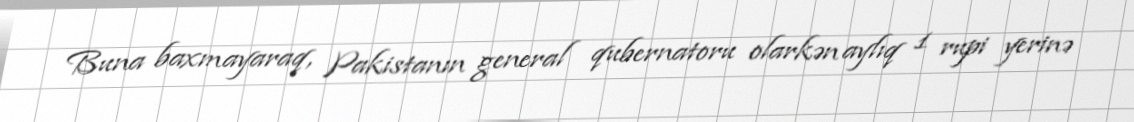
Buna baxmayaraq, Pakistanın general qubernatoru olarkən aylıq 1 rupi yerinə